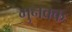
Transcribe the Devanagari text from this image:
मुनक्क